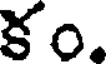
క0.